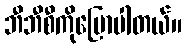
ဘီဘီစီကိုပြောပါတယ်။